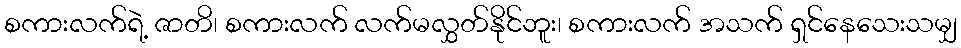
စကားလက်ရဲ့ ဇာတိ၊ စကားလက် လက်မလွှတ်နိုင်ဘူး၊ စကားလက် အသက် ရှင်နေသေးသမျှ